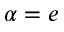
\alpha = e